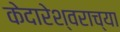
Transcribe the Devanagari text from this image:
केदारेश्वराच्या